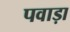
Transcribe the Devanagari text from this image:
पवाड़ा